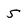
Character: 5